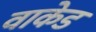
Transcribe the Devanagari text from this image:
वाकेड